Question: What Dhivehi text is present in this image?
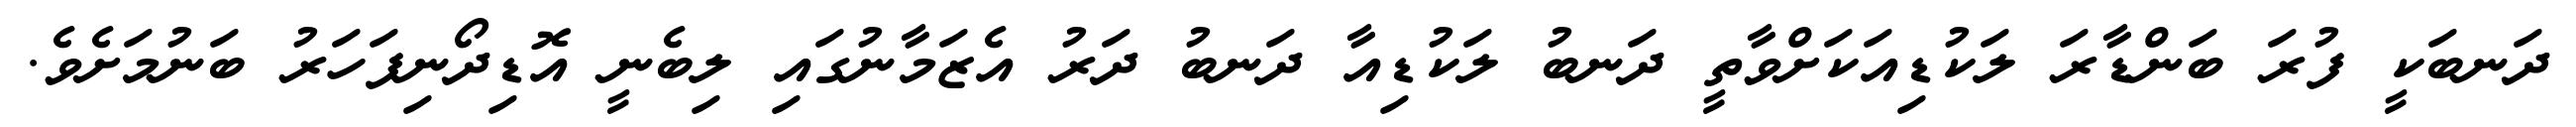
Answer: ދަނބަކީ ފުރަ ބަންޑާރަ ލަކުޑިއަކަށްވާތީ ދަނބު ލަކުޑިއާ ދަނބު ދަރު އެޒަމާނުގައި ލިބެނީ އޮޑިދޯނިފަހަރު ބަނުމަށެވެ.